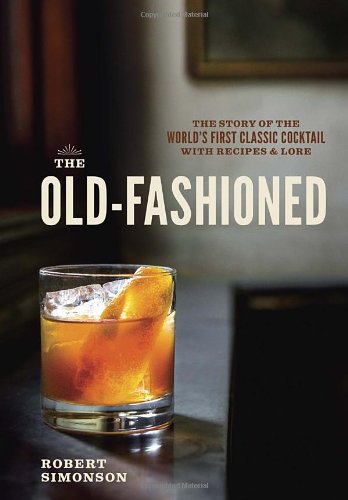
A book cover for The Old-Fashioned: The Story of the World's First Classic Cocktail, with Recipes and Lore; Robert Simonson; Cookbooks, Food & Wine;